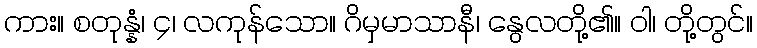
ကား။ စတုန္နံ၊ ၄၊ လကုန်သော။ ဂိမှမာသာနီ၊ နွေလတို့၏။ ဝါ၊ တို့တွင်။